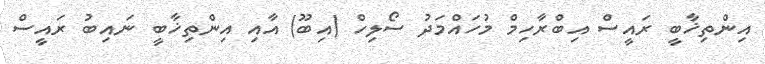
އިންތިޚާބީ ރައީސް އިބްރާހިމް މުހައްމަދު ސޯލިހް (އިބޫ) އާއި އިންތިޚާބީ ނައިބު ރައީސް